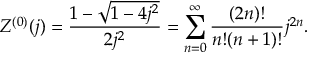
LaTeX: Z ^ { ( 0 ) } ( j ) = \frac { 1 - \sqrt { 1 - 4 j ^ { 2 } } } { 2 j ^ { 2 } } = \sum _ { n = 0 } ^ { \infty } \frac { ( 2 n ) ! } { n ! ( n + 1 ) ! } j ^ { 2 n } .